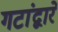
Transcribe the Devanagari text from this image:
गटांद्वारे